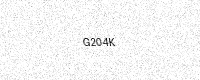
Text: G204K